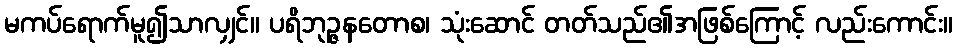
မကပ်ရောက်မူ၍သာလျှင်။ ပရိဘုဉ္ဇနတောစ၊ သုံးဆောင် တတ်သည်၏အဖြစ်ကြောင့် လည်းကောင်း။